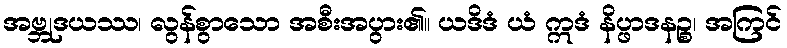
အဗ္ဘုဒယဿ၊ လွန်စွာသော အစီးအပွား၏။ ယဒိဒံ ယံ ဣဒံ နိပ္ဖာဒနဉ္စ၊ အကြင်